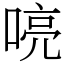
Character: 喨